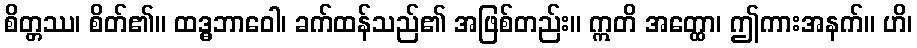
စိတ္တဿ၊ စိတ်၏။ ထဒ္ဓဘာဝေါ၊ ခက်ထန်သည်၏ အဖြစ်တည်း။ ဣတိ အတ္ထော၊ ဤကားအနက်။ ဟိ၊